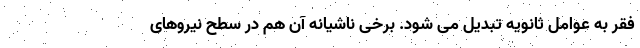
فقر به عوامل ثانویه تبدیل می شود. برخی ناشیانه آن هم در سطح نیروهای